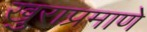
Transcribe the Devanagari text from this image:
खुराप्रमाणे